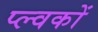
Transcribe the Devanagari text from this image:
प्ल्वकों